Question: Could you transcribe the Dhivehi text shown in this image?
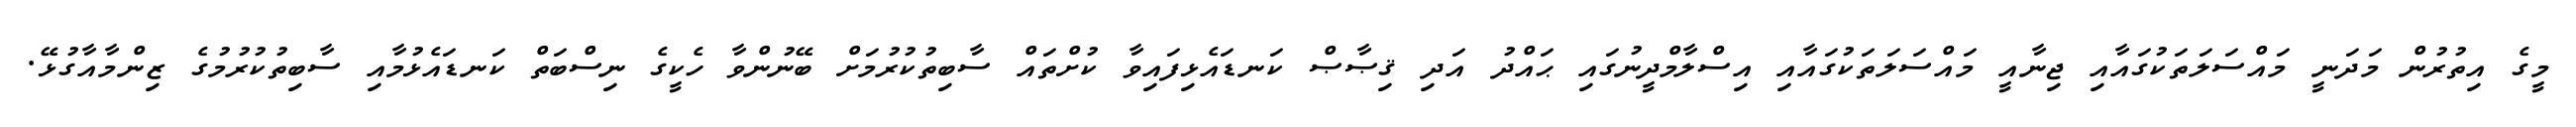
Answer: މީގެ އިތުރުން މަދަނީ މައްސަލަތަކުގައާއި ޖިނާއީ މައްސަލަތަކުގައާއި އިސްލާމްދީނުގައި ޙައްދު އަދި ޤިޞާޞް ކަނޑައެޅިފައިވާ ކުށްތައް ސާބިތުކުރުމަށް ބޭނުންވާ ހެކީގެ ނިސްބަތް ކަނޑައެޅުމާއި ސާބިތުކުރުމުގެ ޒިންމާއާގުޅޭ.